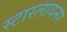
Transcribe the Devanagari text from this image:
स्टारलायनर